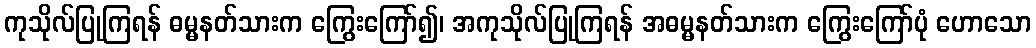
ကုသိုလ်ပြုကြရန် ဓမ္မနတ်သားက ကြွေးကြော်၍၊ အကုသိုလ်ပြုကြရန် အဓမ္မနတ်သားက ကြွေးကြော်ပုံ ဟောသော